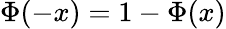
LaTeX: \Phi(-x)=1-\Phi(x)